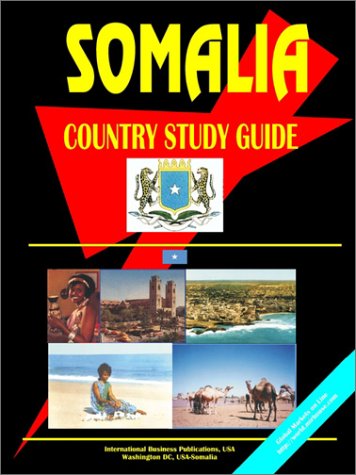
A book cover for Somalia: Country Study Guide (World Country Study Guide Library); Ibp Usa; Travel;